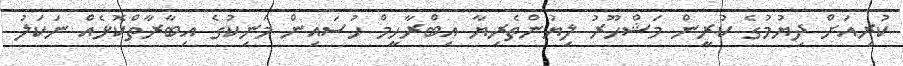
ކުރިއަށް ދިޔުމުގެ ކުރީން މަޝްހޫރު ލިޔުންތެރިޔާ އިބްރާހީމް ހުސައިން މަނިކުގެ އިބާރާތްކޮޅެއް ނަކަލު